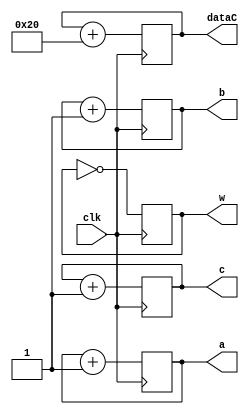
module testbench(a,b,c,w,clk,dataC);
	output reg [4:0] a,b,c;
	output reg w ;
	output reg [63:0] dataC;
	input clk;

	initial begin
		w = 0;
		a = 5'd0;
		b = 5'd1;
		c = 5'd2;
		dataC = 64'd0;
	end
	always @(posedge clk)
	begin

		w = ~w;
		dataC = dataC + 64'd32;
		a = a + 5'b00001;
		b = b + 5'b00001;
		c = c + 5'b00001;

	end
endmodule